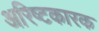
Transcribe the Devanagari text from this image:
अरिष्टकारक